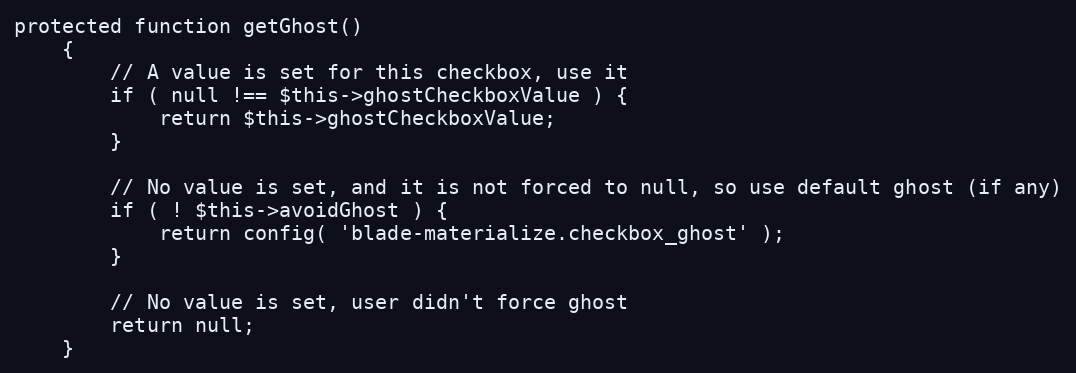
Language: PHP
protected function getGhost()
    {
	    // A value is set for this checkbox, use it
	    if ( null !== $this->ghostCheckboxValue ) {
		    return $this->ghostCheckboxValue;
	    }

	    // No value is set, and it is not forced to null, so use default ghost (if any)
	    if ( ! $this->avoidGhost ) {
		    return config( 'blade-materialize.checkbox_ghost' );
	    }

	    // No value is set, user didn't force ghost
	    return null;
    }